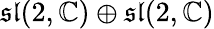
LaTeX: {\mathfrak{sl}}(2,\mathbb{C})\oplus{\mathfrak{sl}}(2,\mathbb{C})